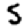
Digit: 5